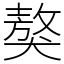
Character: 獒